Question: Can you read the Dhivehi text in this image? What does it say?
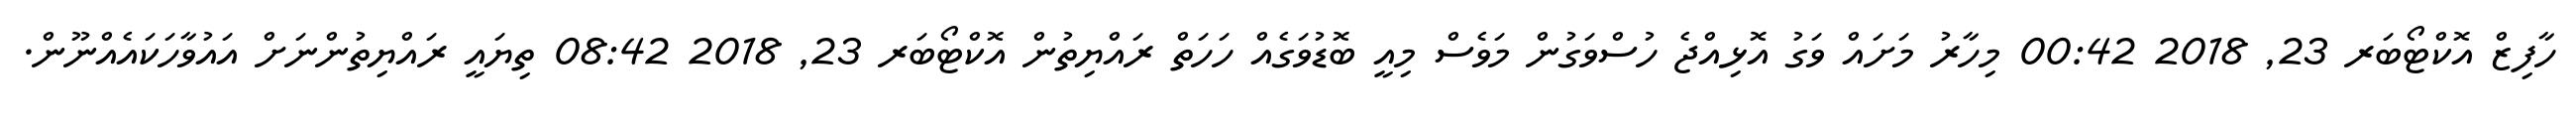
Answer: ހާފިޒް އޮކްޓޯބަރ 23, 2018 00:42 މިހާރު މަށައް ވަގު އޮޅިއްޖެ ހުސްވަގުން މަވެސް މިއީ ބޮޑުވަގެއް ހަހަތް ރައްޔިތުން އޮކްޓޯބަރ 23, 2018 08:42 ތިޔައީ ރައްޔިތުންނަށް އައުވާހަކައެއްނޫން.